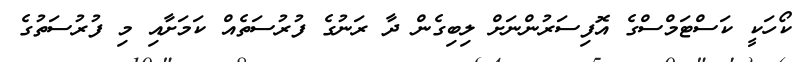
ކޯހަކީ ކަސްޓަމްސްގެ އޮފިސަރުންނަށް ލިބިގެން ދާ ރަނުގެ ފުރުސަތެއް ކަމަށާއި މި ފުރުސަތުގެ